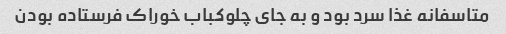
متاسفانه غذا سرد بود و به جای چلوکباب خوراک فرستاده بودن